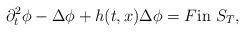
LaTeX: \begin{align*} \partial_t^2 \phi - \Delta \phi + h(t,x)\Delta \phi = F\mbox{in}\,\, S_T,\end{align*}